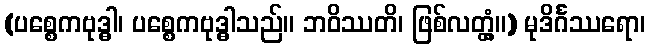
(ပစ္စေကဗုဒ္ဓါ၊ ပစ္စေကဗုဒ္ဓါသည်။ ဘဝိဿတိ၊ ဖြစ်လတ္တံ့။) မုဒိင်္ဂဿရော၊